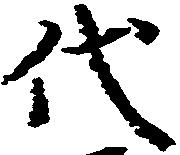
代